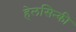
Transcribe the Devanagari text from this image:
हेलसिन्की